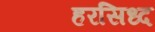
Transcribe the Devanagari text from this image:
हरसिध्द